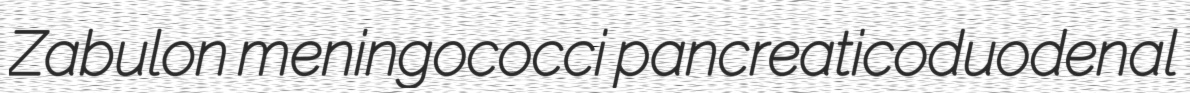
Zabulon meningococci pancreaticoduodenal